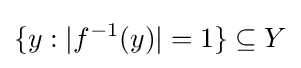
\{y:{|f^{-1}(y)|=1}\}\subseteq Y